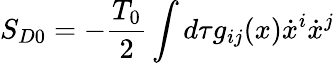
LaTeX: S_{D0}=-\frac{T_{0}}{2}\int d\tau g_{ij}(x)\dot{x}^{i}\dot{x}^{j}